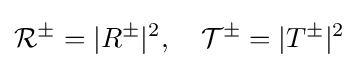
{\mathcal {R}}^{\pm }=|R^{\pm }|^{2},\quad {\mathcal {T}}^{\pm }=|T^{\pm }|^{2}